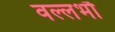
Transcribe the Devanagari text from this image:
वल्लभौ